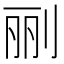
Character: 𰄭